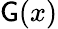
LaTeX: \mathsf{G}(x)